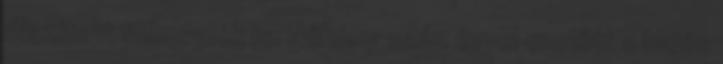
díszített fülbevalók is. Néhány száz évvel ezelőtt a hajós